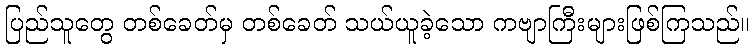
ပြည်သူတွေ တစ်ခေတ်မှ တစ်ခေတ် သယ်ယူခဲ့သော ကဗျာကြီးများဖြစ်ကြသည်။